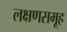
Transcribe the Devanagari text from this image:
लक्षणसमूह